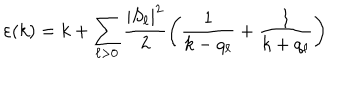
\varepsilon ( k ) = k + \sum _ { \ell > 0 } \frac { | S _ { \ell } | ^ { 2 } } { 2 } \left( \frac { 1 } { k - q _ { \ell } } + \frac { 1 } { k + q _ { \ell } } \right)